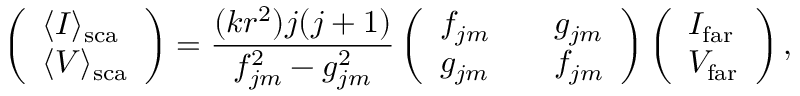
\left( \begin{array} { l } { \langle I \rangle _ { \mathrm { s c a } } } \\ { \langle V \rangle _ { \mathrm { s c a } } } \end{array} \right) = \frac { ( k r ^ { 2 } ) j ( j + 1 ) } { f _ { j m } ^ { 2 } - g _ { j m } ^ { 2 } } \left( \begin{array} { l l l } { f _ { j m } } & & { g _ { j m } } \\ { g _ { j m } } & & { f _ { j m } } \end{array} \right) \left( \begin{array} { l } { I _ { \mathrm { f a r } } } \\ { V _ { \mathrm { f a r } } } \end{array} \right) ,